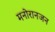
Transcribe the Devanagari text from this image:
मनोरानजन